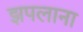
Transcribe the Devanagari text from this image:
झपलाना